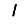
Digit: 1